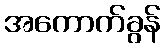
အကောက်ခွန်